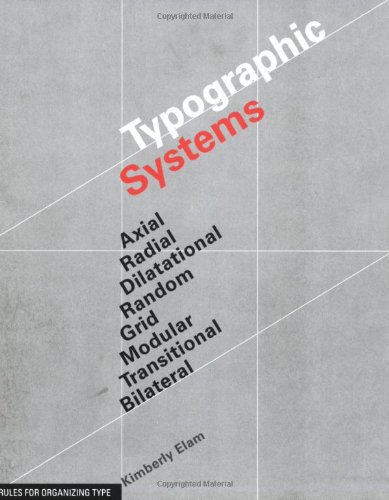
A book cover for Typographic Systems of Design; Kimberly Elam; Arts & Photography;